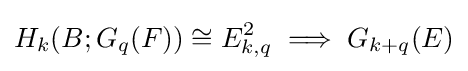
H_{k}(B;G_{q}(F))\cong E_{k,q}^{2}\implies G_{k+q}(E)